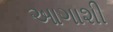
આગાશી